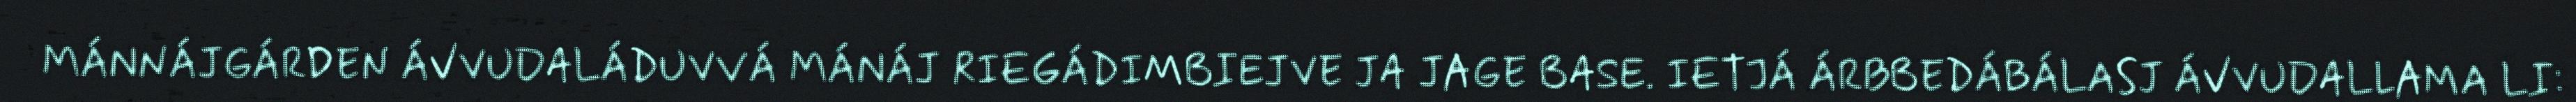
MÁNNÁJGÁRDEN ÁVVUDALÁDUVVÁ MÁNÁJ RIEGÁDIMBIEJVE JA JAGE BASE. IETJÁ ÁRBBEDÁBÁLASJ ÁVVUDALLAMA LI: